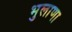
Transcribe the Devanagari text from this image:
भुलाणा